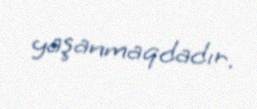
yaşanmaqdadır.